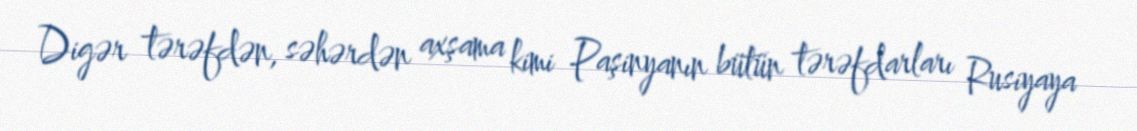
Digər tərəfdən, səhərdən axşama kimi Paşinyanın bütün tərəfdarları Rusiyaya